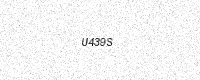
Text: U439S